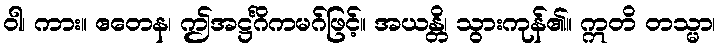
ဝါ၊ ကား။ ဧတေန၊ ဤအဋ္ဌင်္ဂိကမဂ်ဖြင့်။ အယန္တိ၊ သွားကုန်၏။ ဣတိ တသ္မာ၊